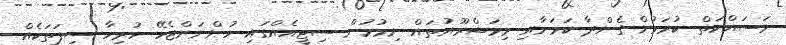
މަސައްކަތް ކުރަމުން ގެންދާ ކަމަށާއި މިމަޝްރޫއުތައް ނިމުމުން ސިޓީއެއްގައި ހުންނަންޖެހޭ ހުރިހާ ސިފަތަކެއް